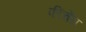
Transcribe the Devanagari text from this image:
फींचेंस